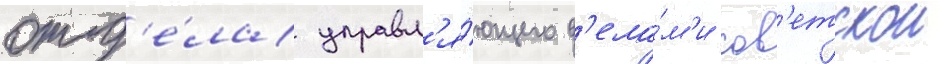
отд'е́ла управл'я́ющего д'ела́м'и сов'етскои